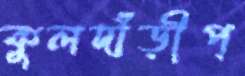
কুলদাঁড়ীপ্